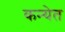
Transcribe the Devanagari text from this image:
कन्येत